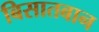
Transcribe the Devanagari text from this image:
बिसातबान